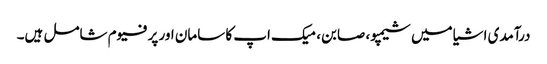
درآمدی اشیا میں شیمپو، صابن، میک اپ کا سامان اور پرفیوم شامل ہیں۔